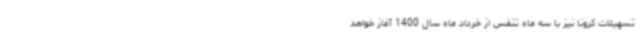
تسهیلات کرونا نیز با سه ماه تنفس از خرداد ماه سال 1400 آغاز خواهد